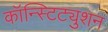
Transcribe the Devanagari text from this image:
कॉन्स्टिट्युशन